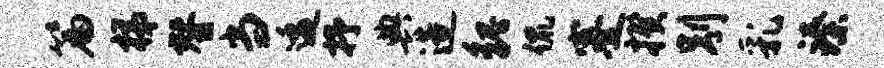
篇梯替当逶抒典造貌侃蹇揆别乳臻